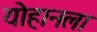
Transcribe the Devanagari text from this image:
योहानला